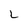
Character: L